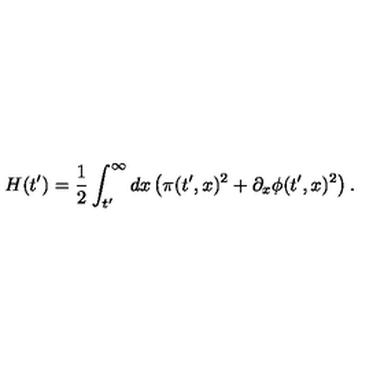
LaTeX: H ( t ^ { \prime } ) = { \frac { 1 } { 2 } } \int _ { t ^ { \prime } } ^ { \infty } d x \left( \pi ( t ^ { \prime } , x ) ^ { 2 } + \partial _ { x } \phi ( t ^ { \prime } , x ) ^ { 2 } \right) .